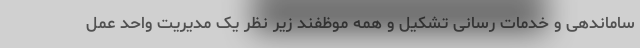
ساماندهی و خدمات رسانی تشکیل و همه موظفند زیر نظر یک مدیریت واحد عمل